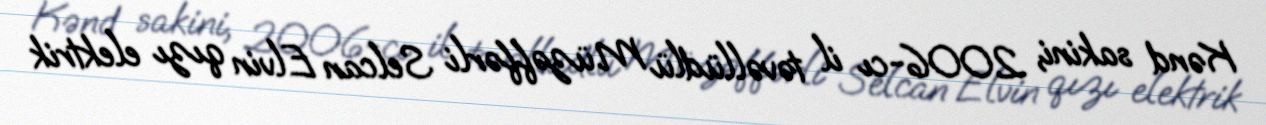
Kənd sakini, 2006-cı il təvəllüdlü Müzəffərli Selcan Elvin qızı elektrik